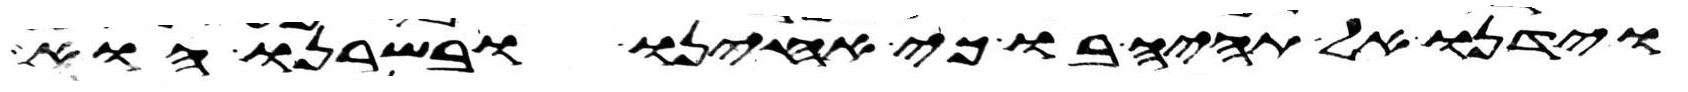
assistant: וידנו אל תהיה בו כי אחינו ובשרנו הוא